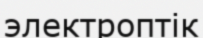
электроптік